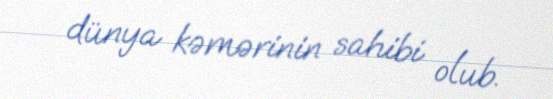
dünya kəmərinin sahibi olub.